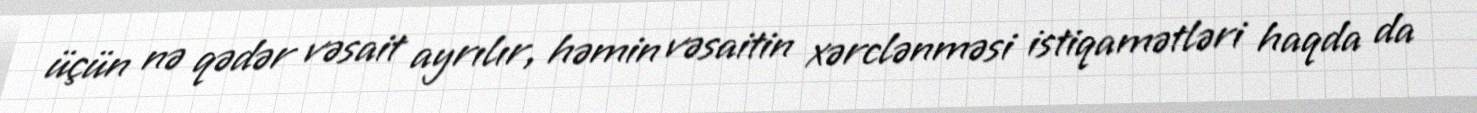
üçün nə qədər vəsait ayrılır, həmin vəsaitin xərclənməsi istiqamətləri haqda da